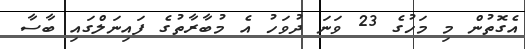
އެގޮތުން މި މަހުގެ 23 ވަނަ ދުވަހު އެ މުބާރާތުގެ ފައިނަލްގައި ބާސާ